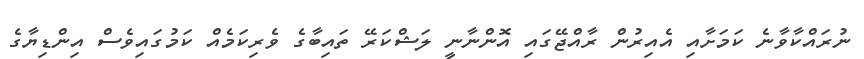
ނުރައްކާވާނެ ކަމަށާއި އެއިރުން ރާއްޖޭގައި އޮންނާނީ ލަޝްކަރޭ ތައިބާގެ ވެރިކަމެއް ކަމުގައިވެސް އިންޑިޔާގެ